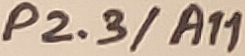
Text: P2.3/A11